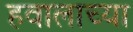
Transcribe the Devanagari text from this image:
हवालाच्या